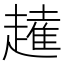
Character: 𧽭